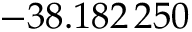
- 3 8 . 1 8 2 \, 2 5 0